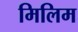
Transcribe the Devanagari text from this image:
मिलिम